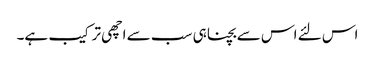
اس لئے اس سے بچنا ہی سب سے اچھی ترکیب ہے۔